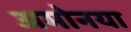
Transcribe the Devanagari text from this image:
अमोनया